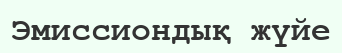
Эмиссиондық жүйе